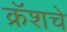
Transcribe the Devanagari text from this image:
क्रॅशचे